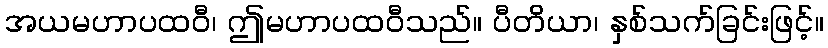
အယမဟာပထဝီ၊ ဤမဟာပထဝီသည်။ ပီတိယာ၊ နှစ်သက်ခြင်းဖြင့်။